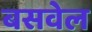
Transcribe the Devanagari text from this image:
बसवेल